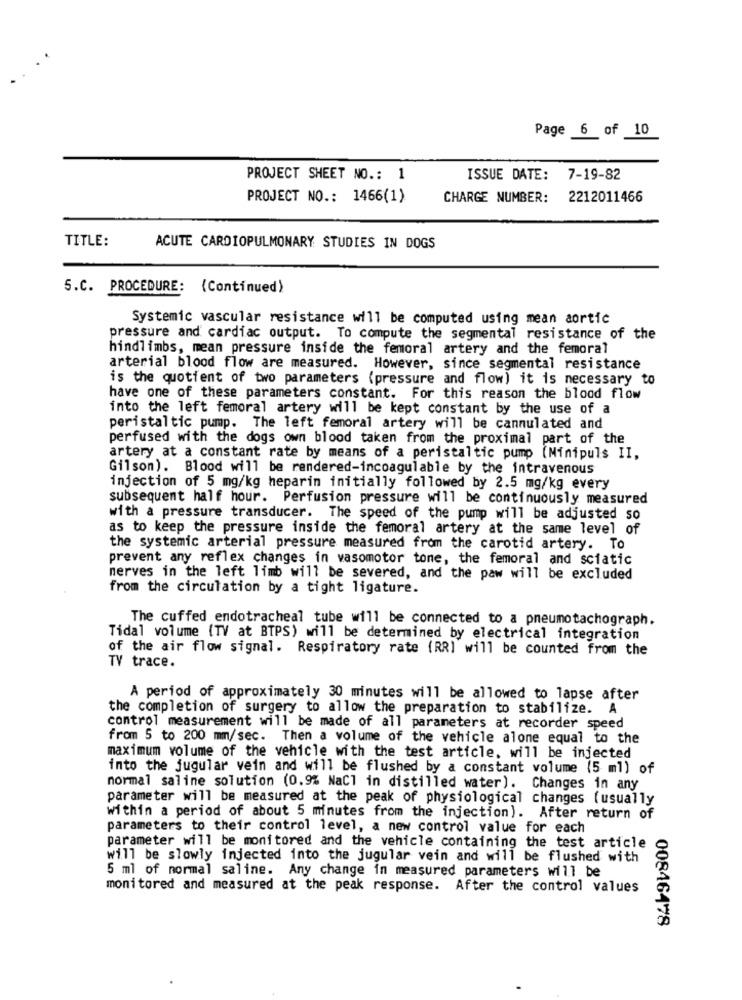
Page 6 of 10
PROJECT SHEET NO .: 1
ISSUE DATE: 7-19-82
PROJECT NO .: 1466(1)
CHARGE NUMBER: 2212011466
TITLE:
ACUTE CARDIOPULMONARY STUDIES IN DOGS
5.C. PROCEDURE:
(Continued)
Systemic vascular resistance will be computed using mean aortic
pressure and cardiac output. To compute the segmental resistance of the
hindlimbs, mean pressure inside the femoral artery and the femoral
arterial blood flow are measured. However, since segmental resistance
is the quotient of two parameters (pressure and flow) it is necessary to
have one of these parameters constant. For this reason the blood flow
into the left femoral artery will be kept constant by the use of a
peristaltic pump. The left femoral artery will be cannulated and
perfused with the dogs own blood taken from the proximal part of the
artery at a constant rate by means of a peristaltic pump (Minipuls II,
Gilson). Blood will be rendered-incoagulable by the intravenous
injection of 5 mg/kg heparin initially followed by 2.5 mg/kg every
subsequent half hour. Perfusion pressure will be continuously measured
with a pressure transducer. The speed of the pump will be adjusted so
as to keep the pressure inside the femoral artery at the same level of
the systemic arterial pressure measured from the carotid artery. To
prevent any reflex changes in vasomotor tone, the femoral and sciatic
nerves in the left limb will be severed, and the paw will be excluded
from the circulation by a tight ligature.
The cuffed endotracheal tube will be connected to a pneumotachograph.
Tidal volume (TV at BTPS) will be determined by electrical integration
of the air flow signal. Respiratory rate (RRI will be counted from the
TV trace.
A period of approximately 30 minutes will be allowed to lapse after
the completion of surgery to allow the preparation to stabilize. A
control measurement will be made of all parameters at recorder speed
from 5 to 200 mm/sec. Then a volume of the vehicle alone equal to the
maximum volume of the vehicle with the test article, will be injected
into the jugular vein and will be flushed by a constant volume (5 ml) of
normal saline solution (0.9% NaCl in distilled water). Changes in any
parameter will be measured at the peak of physiological changes (usually
Within a period of about 5 minutes from the injection). After return of
parameters to their control level, a new control value for each
parameter will be monitored and the vehicle containing the test article
will be slowly injected into the jugular vein and will be flushed with
5 ml of normal saline. Any change in measured parameters will be
monitored and measured at the peak response. After the control values
00846478